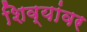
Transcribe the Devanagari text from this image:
शिव्यांवर